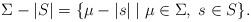
LaTeX: \begin{align*}\Sigma-|S|=\{\mu-|s|\mid \mu\in\Sigma,\;s\in S\}.\end{align*}